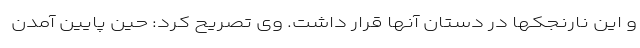
و این نارنجکها در دستان آنها قرار داشت. وی تصریح کرد: حین پایین آمدن